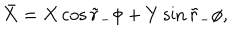
\bar { X } = X \cos \tilde { r } _ { - } \phi + Y \sin \tilde { r } _ { - } \phi ,